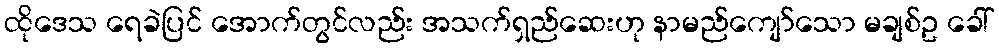
ထိုဒေသ ရေခဲပြင် အောက်တွင်လည်း အသက်ရှည်ဆေးဟု နာမည်ကျော်သော မချစ်ဥ ခေါ်